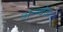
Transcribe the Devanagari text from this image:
अन्न्देव